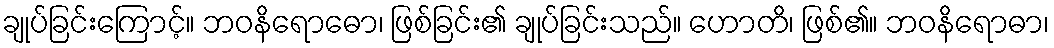
ချုပ်ခြင်းကြောင့်။ ဘဝနိရောဓော၊ ဖြစ်ခြင်း၏ ချုပ်ခြင်းသည်။ ဟောတိ၊ ဖြစ်၏။ ဘဝနိရောဓာ၊